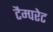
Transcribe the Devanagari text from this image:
टैम्परेट